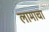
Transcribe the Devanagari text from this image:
लामाचा